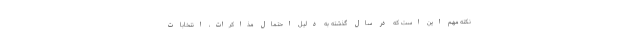
نکته مهم این است که در سال گذشته به دلیل احتمال مذاکرات، انتخابات